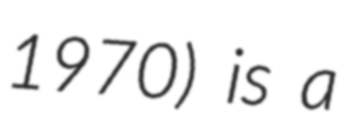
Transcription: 1970) is a